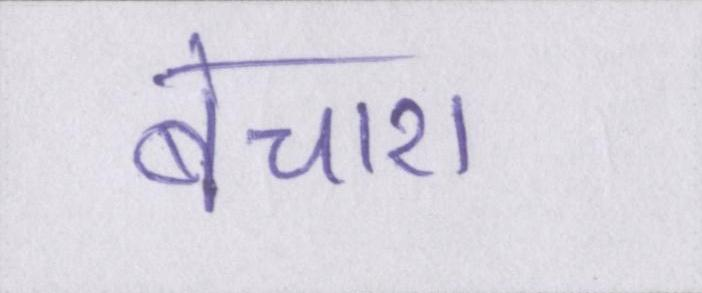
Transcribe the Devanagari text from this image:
बेचारा